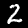
Label: 2